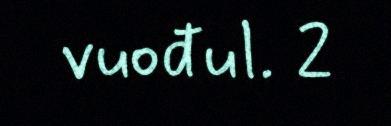
vuođul. 2